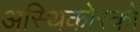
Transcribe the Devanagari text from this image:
अस्थिकोरकों